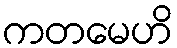
ကတမေဟိ